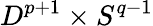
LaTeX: D^{p+1}\times S^{q-1}